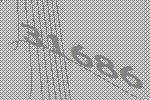
31686